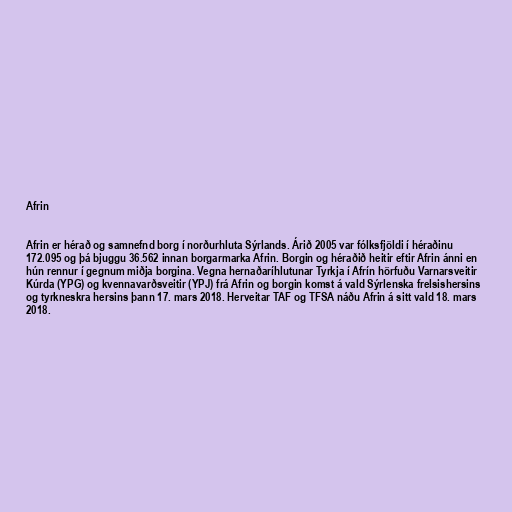
Afrin

Afrin er hérað og samnefnd borg í norðurhluta Sýrlands. Árið 2005 var fólksfjöldi í héraðinu
172.095 og þá bjuggu 36.562 innan borgarmarka Afrin. Borgin og héraðið heitir eftir Afrin ánni en
hún rennur í gegnum miðja borgina. Vegna hernaðaríhlutunar Tyrkja í Afrín hörfuðu Varnarsveitir
Kúrda (YPG) og kvennavarðsveitir (YPJ) frá Afrin og borgin komst á vald Sýrlenska frelsishersins
og tyrkneskra hersins þann 17. mars 2018. Herveitar TAF og TFSA náðu Afrin á sitt vald 18. mars
2018.